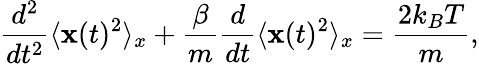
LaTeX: \frac{d^{2}}{dt^{2}}\langle{\mathbf x}(t)^{2}\rangle_{x}+\frac{\beta}{m}\frac{d}{dt}\langle{\mathbf x}(t)^{2}\rangle_{x}=\frac{2k_{B}T}{m},